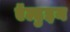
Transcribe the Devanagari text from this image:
ऍल्डुइन